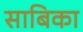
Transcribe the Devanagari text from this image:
साबिका